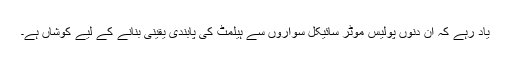
یاد رہے کہ ان دنوں پولیس موٹر سائیکل سواروں سے ہیلمٹ کی پابندی یقینی بنانے کے لیے کوشاں ہے۔